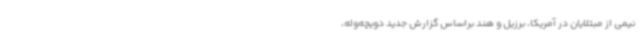
نیمی از مبتلایان در آمریکا، برزیل و هند براساس گزارش جدید دویچه‌وله،‌